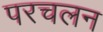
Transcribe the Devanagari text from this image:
परचलन